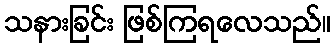
သနားခြင်း ဖြစ်ကြရလေသည်။